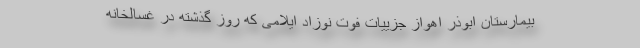
بیمارستان ابوذر اهواز جزییات فوت نوزاد ایلامی که روز گذشته در غسالخانه